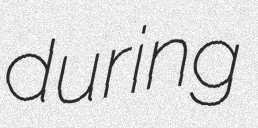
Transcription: during